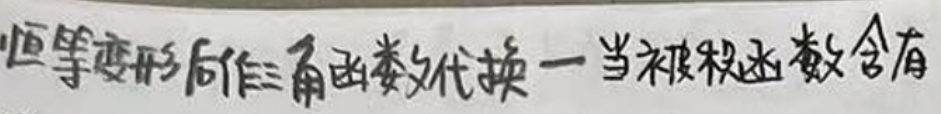
恒等变形后作三角函数代换——当被积函数含有